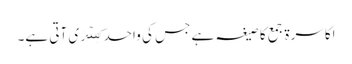
اکاسرۃ جمع کا صیغہ ہے جس کی واحد کِسۡرَی آتی ہے۔